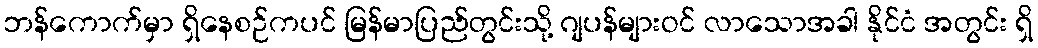
ဘန်ကောက်မှာ ရှိနေစဉ်ကပင် မြန်မာပြည်တွင်းသို့ ဂျပန်များဝင် လာသောအခါ နိုင်ငံ အတွင်း ရှိ